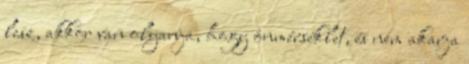
lesz, akkor van olyanja, hogy önmérséklet, és nem akarja